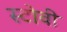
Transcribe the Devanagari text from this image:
स्टोवी